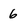
Character: 6